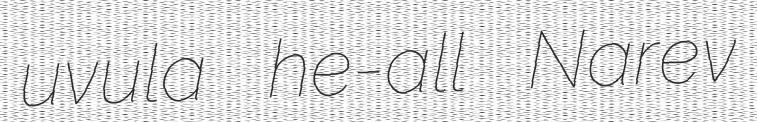
uvula he-all Narev